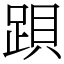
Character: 䟺